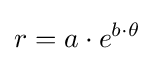
r=a\cdot e^{b\cdot \theta }